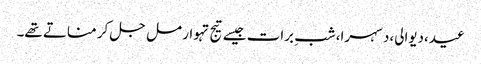
عید،دیوالی،دسہرا،شبِ برات جیسے تیج تہوار مل جل کر مناتے تھے۔